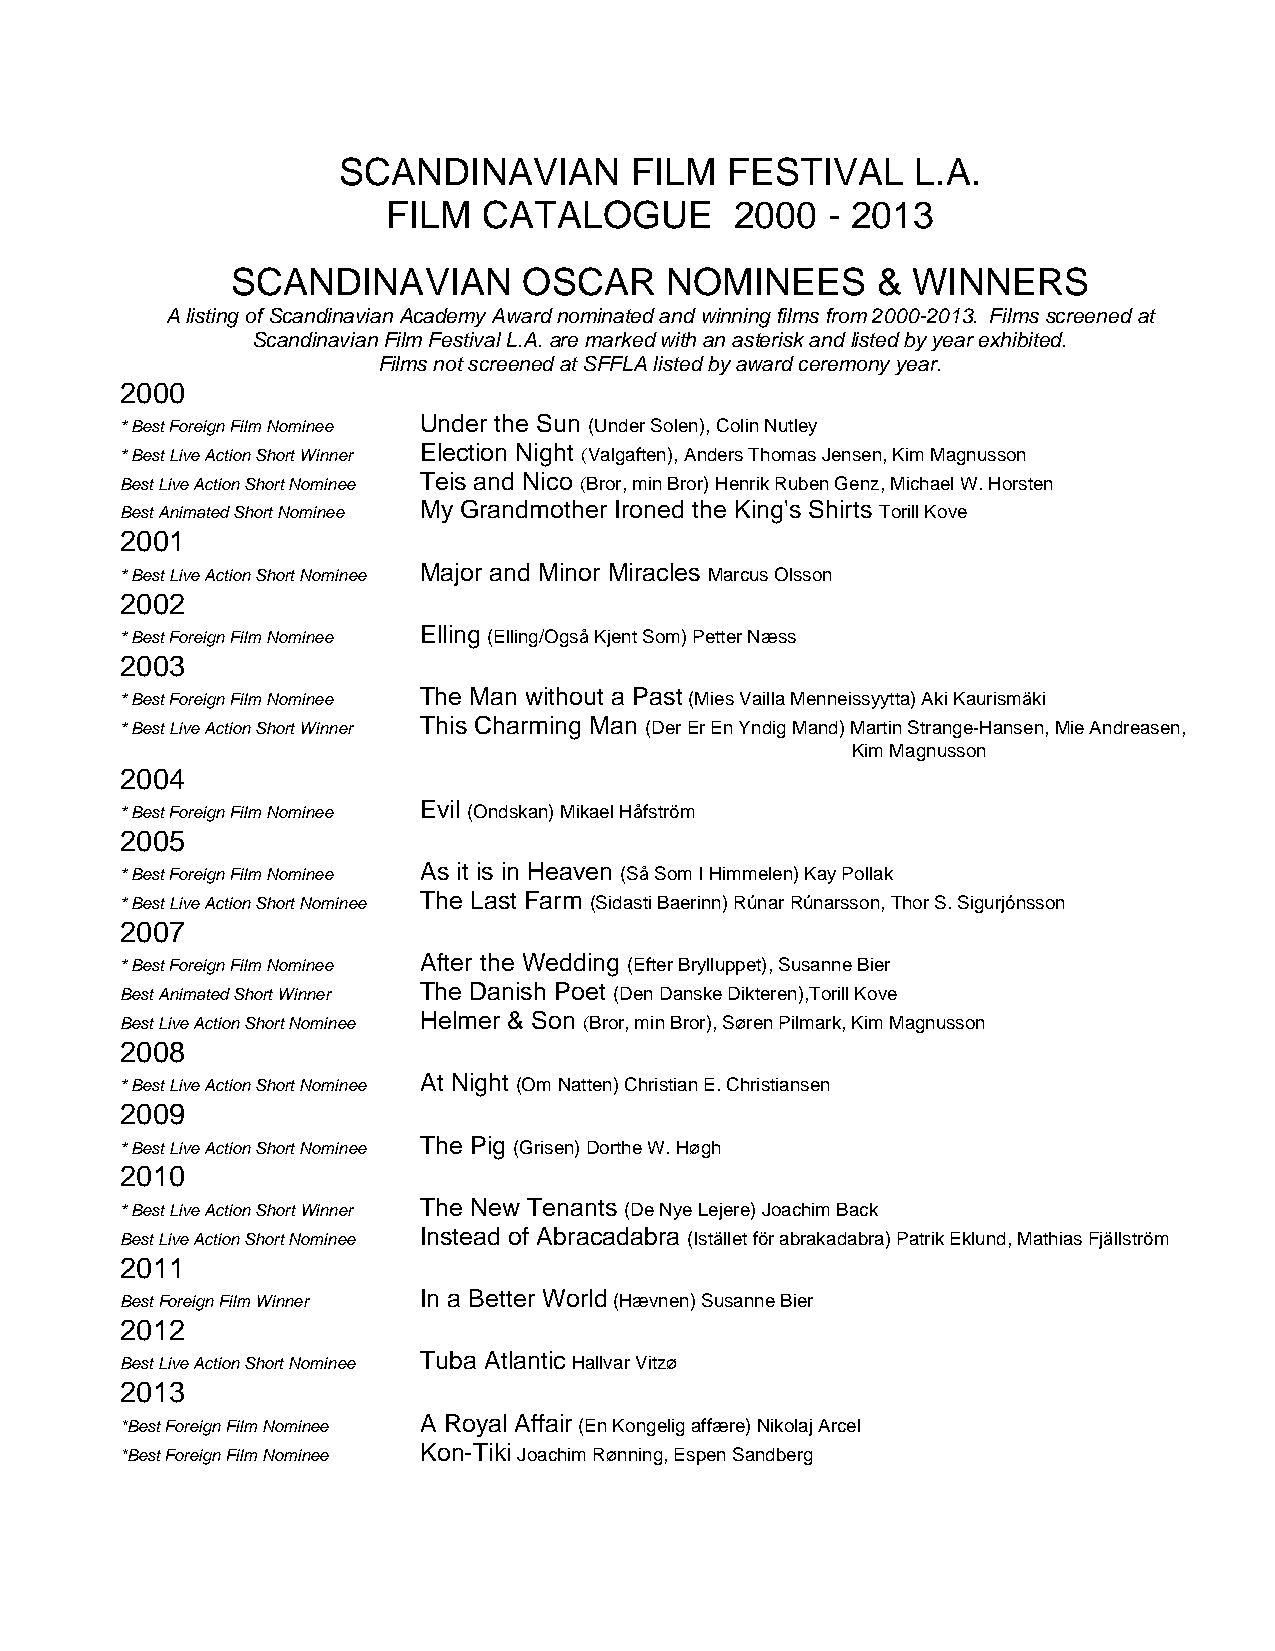
SCANDINAVIAN        FILM  FESTIVAL     L.A.
 FILM  CATALOGUE        2000  - 2013
 SCANDINAVIAN        OSCAR    NOMINEES      & WINNERS
 A listing of Scandinavian Academy Award nominated and winning films from 2000-2013. Films screened at
 Scandinavian Film Festival L.A. are marked with an asterisk and listed by year exhibited.
 Films not screened at SFFLA listed by award ceremony year.
 2000
 * Best Foreign Film Nominee Under the Sun (Under Solen), Colin Nutley
 * Best Live Action Short Winner Election Night (Valgaften), Anders Thomas Jensen, Kim Magnusson
 Best Live Action Short Nominee Teis and Nico (Bror, min Bror) Henrik Ruben Genz, Michael W. Horsten
 Best Animated Short Nominee My Grandmother Ironed the King's Shirts Torill Kove
 2001
 * Best Live Action Short Nominee Major and Minor Miracles Marcus Olsson
 2002
 * Best Foreign Film Nominee Elling (Elling/Også Kjent Som) Petter Næss
 2003
 * Best Foreign Film Nominee The Man without a Past (Mies Vailla Menneissyytta) Aki Kaurismäki
 * Best Live Action Short Winner This Charming Man (Der Er En Yndig Mand) Martin Strange-Hansen, Mie Andreasen,
 Kim Magnusson
 2004
 * Best Foreign Film Nominee Evil (Ondskan) Mikael Håfström
 2005
 * Best Foreign Film Nominee As it is in Heaven (Så Som I Himmelen) Kay Pollak
 * Best Live Action Short Nominee The Last Farm (Sidasti Baerinn) Rúnar Rúnarsson, Thor S. Sigurjónsson
 2007
 * Best Foreign Film Nominee After the Wedding (Efter Brylluppet), Susanne Bier
 Best Animated Short Winner The Danish Poet (Den Danske Dikteren),Torill Kove
 Best Live Action Short Nominee Helmer & Son (Bror, min Bror), Søren Pilmark, Kim Magnusson
 2008
 * Best Live Action Short Nominee At Night (Om Natten) Christian E. Christiansen
 2009
 * Best Live Action Short Nominee The Pig (Grisen) Dorthe W. Høgh
 2010
 * Best Live Action Short Winner The New Tenants (De Nye Lejere) Joachim Back
 Best Live Action Short Nominee Instead of Abracadabra (Istället för abrakadabra) Patrik Eklund, Mathias Fjällström
 2011
 Best Foreign Film Winner In a Better World (Hævnen) Susanne Bier
 2012
 Best Live Action Short Nominee Tuba Atlantic Hallvar Vitzø
 2013
 *Best Foreign Film Nominee A Royal Affair (En Kongelig affære) Nikolaj Arcel
 *Best Foreign Film Nominee Kon-Tiki Joachim Rønning, Espen Sandberg